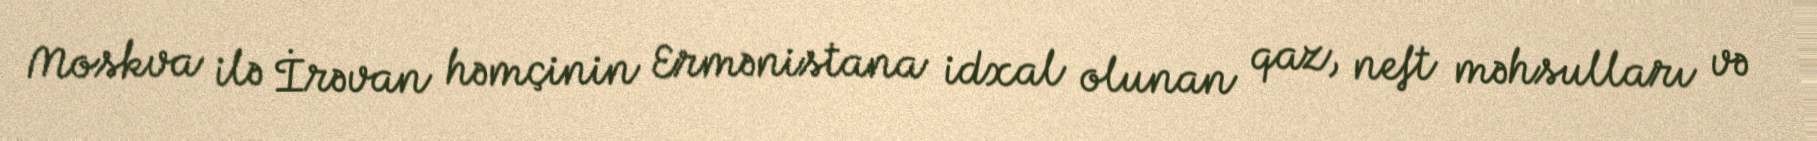
Moskva ilə İrəvan həmçinin Ermənistana idxal olunan qaz, neft məhsulları və